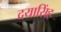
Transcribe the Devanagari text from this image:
दयासिंह